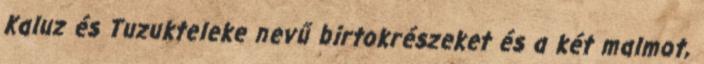
Kaluz és Tuzukteleke nevű birtokrészeket és a két malmot,